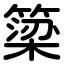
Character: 簗